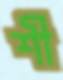
শী